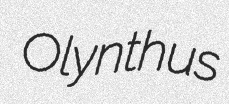
Olynthus